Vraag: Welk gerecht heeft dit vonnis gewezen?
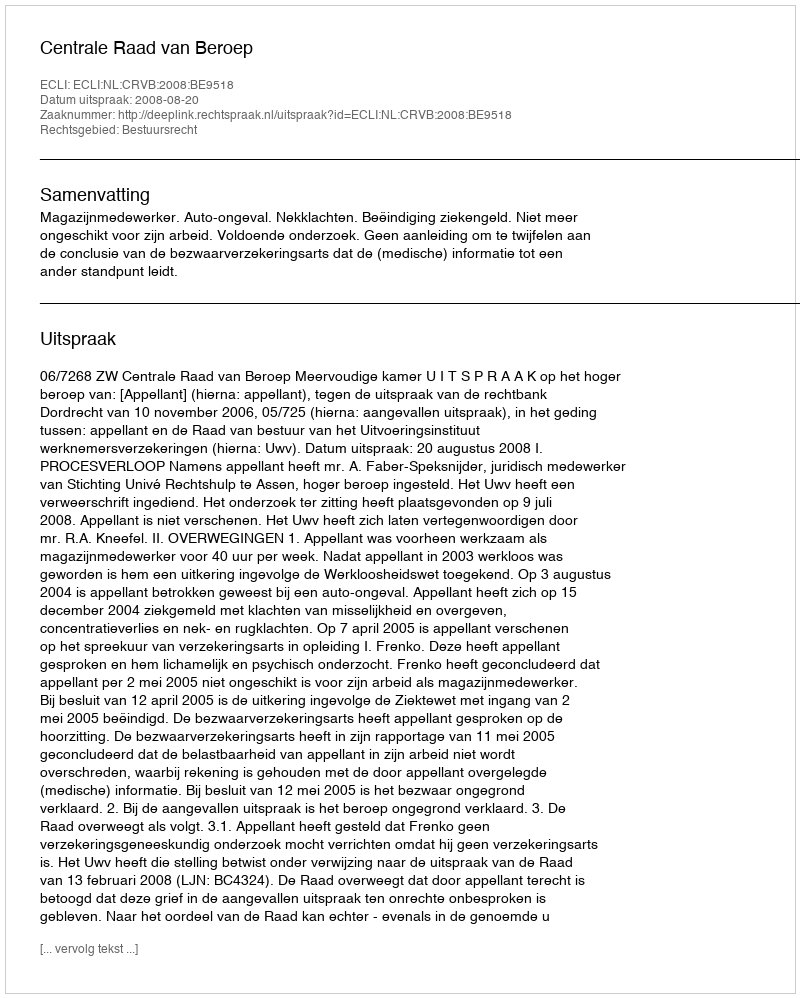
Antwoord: Centrale Raad van Beroep